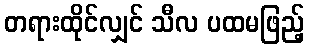
တရားထိုင်လျှင် သီလ ပထမဖြည့်